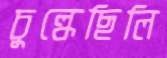
চুল্‌কেছিলি